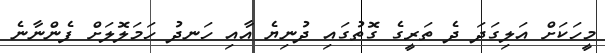
މީހަކަށް އަލިގަދަ ދެ ތަރީގެ ގޮތުގައި ދުނިޔެ އާއި ހަނދު ހަމަލޮލަށް ފެންނާނެ